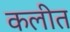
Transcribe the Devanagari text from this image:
कलीत